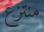
منتزع